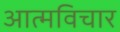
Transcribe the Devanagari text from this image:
आत्मविचार